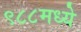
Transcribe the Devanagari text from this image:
९८८मध्ये